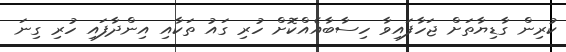
ކުރިން ގާޑިޔާތަށް ޖަހާފައިވާ ހިސާބާއެއްކޮށް ހުރި ގައު ތަކާއި އިންދާފައި ހުރި ގިނަ